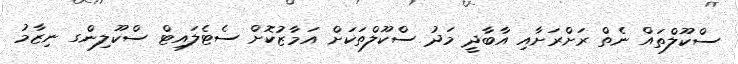
ސްކޫލްތައް ނެތް ރަށްރަށާއި އާބާދީ މަދު ސްކޫލްތަކަށް އަމާޒުކޮށް ސެޓެލައިޓް ސްކޫލިންގ ނިޒާމު